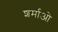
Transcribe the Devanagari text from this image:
शर्माओ